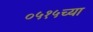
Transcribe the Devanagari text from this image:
०५१५च्या